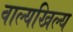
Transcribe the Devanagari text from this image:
वाल्यखिल्य